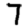
Digit: 7